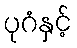
ပုဂံနှင့်